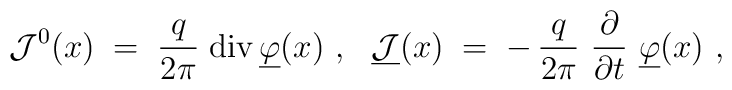
{\mathcal J}^0(x) \;=\; \frac{q}{2\pi}\; {\rm div}\, \underline{\varphi}(x)~,~~\underline{{\mathcal J}}  (x) \;=\; -\,\frac{q}{2\pi}~\frac{\partial}{\partial   t}~\underline{\varphi} (x)~,